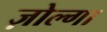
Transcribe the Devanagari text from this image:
ज़ोल्गा